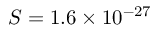
S = 1 . 6 \times 1 0 ^ { - 2 7 }